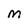
Character: m